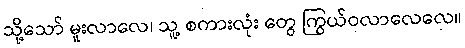
သို့သော် မူးလာလေ၊ သူ့ စကားလုံး တွေ ကြွယ်ဝလာလေလေ။